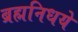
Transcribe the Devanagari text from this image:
ब्रह्मनिधये